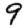
Digit: 9